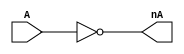
`timescale 1ns / 1ps
//////////////////////////////////////////////////////////////////////////////////
// Company: 
// Engineer: 
// 
// Design Name: 
// Module Name: not
// Project Name: 
// Target Devices: 
// Tool Versions: 
// Description: 
// 
// Dependencies: 
// 
// Revision:
// Revision 0.01 - File Created
// Additional Comments:
// 
//////////////////////////////////////////////////////////////////////////////////


module Not(
    input A,
    output nA
    );
    
    assign nA = ~A;
    
endmodule